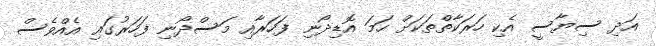
އަދި ސިޔާސީ އެކި ހަރަކާތްތަކަށް ހަމަ އޮޑިދޯނި ފަހަރާއި މަސްދޯނި ފަހަރުގައި އެއްވެސް